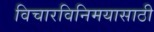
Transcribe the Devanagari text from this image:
विचारविनिमयासाठी